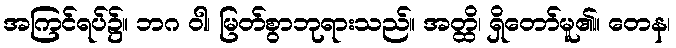
အကြင်ရပ်၌။ ဘဂ ဝါ၊ မြတ်စွာဘုရားသည်။ အတ္ထိ၊ ရှိတော်မူ၏။ တေန၊